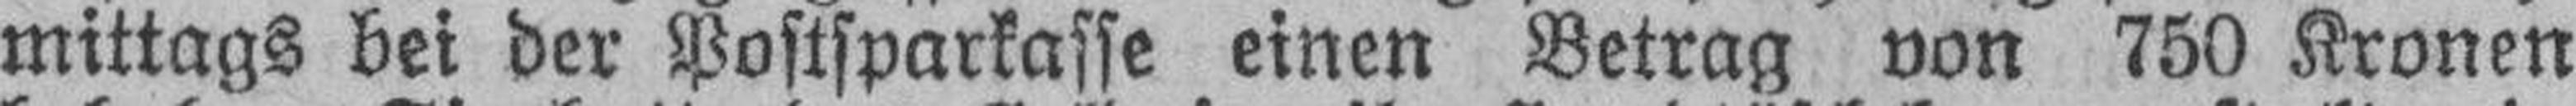
mittags bei der Postsparkasse einen Betrag von 750 Kronen